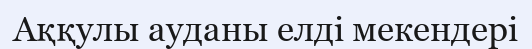
Аққулы ауданы елді мекендері